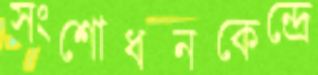
সংশোধনকেন্দ্রে